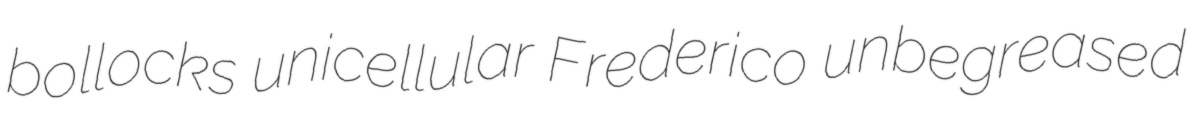
bollocks unicellular Frederico unbegreased